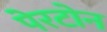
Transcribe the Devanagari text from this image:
पेरटोन